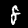
Digit: 8